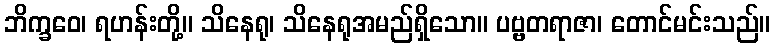
ဘိက္ခဝေ၊ ရဟန်းတို့။ သိနေရု၊ သိနေရုအမည်ရှိသော။ ပဗ္ဗတရာဇာ၊ တောင်မင်းသည်။